Lunatic asylums in Bengal annual reports 1912-1924 - 1912-1924
Year: 1912
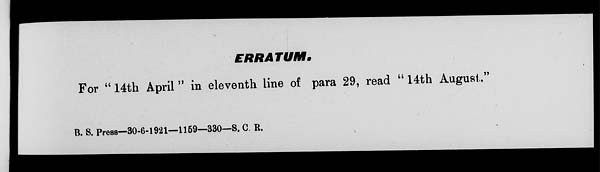
ERRATUM.
For " 14th April " in eleventh line of para 29, read " 14th August."
B. S. Press—30-6-1921—1159—330—S. C.R.